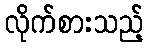
လိုက်စားသည့်